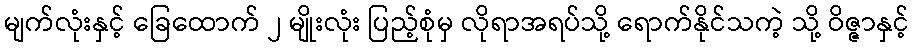
မျက်လုံးနှင့် ခြေထောက် ၂ မျိုးလုံး ပြည့်စုံမှ လိုရာအရပ်သို့ ရောက်နိုင်သကဲ့ သို့ ဝိဇ္ဇာနှင့်